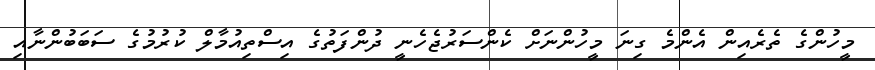
މީހުންގެ ތެރެއިން އެންމެ ގިނަ މީހުންނަށް ކެންސަރުޖެހެނީ ދުންފަތުގެ އިސްތިއުމާލް ކުރުމުގެ ސަބަބުންނާއި